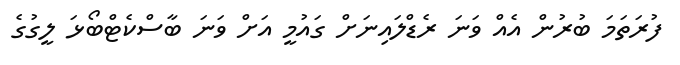
ފުރަތަމަ ބުރުން އެއް ވަނަ ރެޑްލައިނަށް ގައުމީ އަށް ވަނަ ބާސްކެޓްބޯޅަ ލީގުގެ